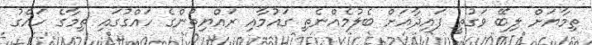
ތިމާޔަށް ލިބޭ ވަގުތީ ފައިދާއަށް ބެލުމެއްނެތި ގައުމާއި ރައްޔިތުންގެ ހައްގުގައި ތިމާގެ ހައްގު